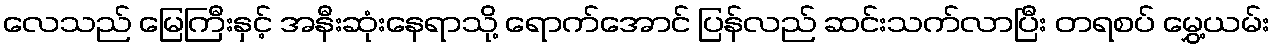
လေသည် မြေကြီးနှင့် အနီးဆုံးနေရာသို့ ရောက်အောင် ပြန်လည် ဆင်းသက်လာပြီး တရစပ် မွှေ့ယမ်း